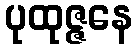
ပုထုဇ္ဇနေ